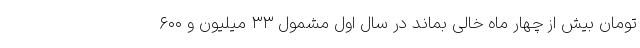
تومان بیش از چهار ماه خالی بماند در سال اول مشمول ۳۳ میلیون و ۶۰۰